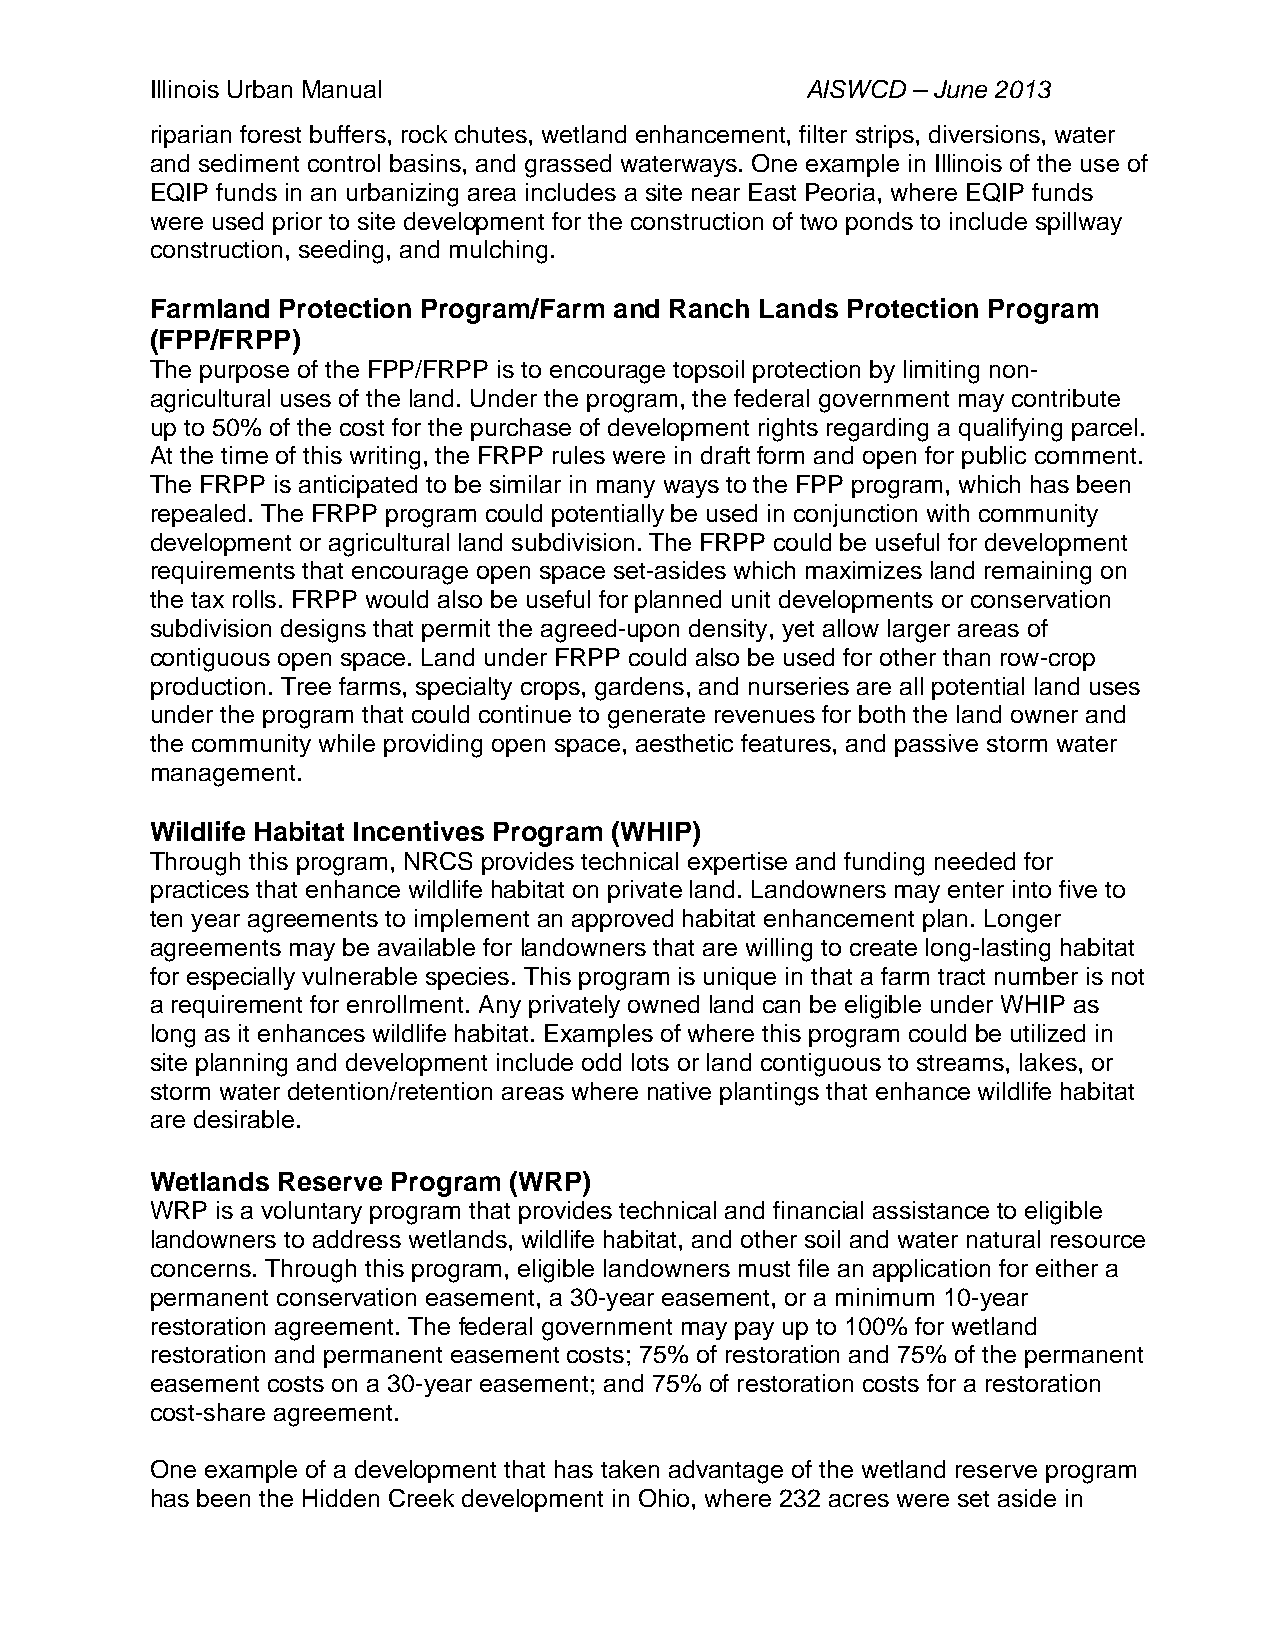
Illinois Urban Manual                      AISWCD – June 2013
 riparian forest buffers, rock chutes, wetland enhancement, filter strips, diversions, water
 and sediment control basins, and grassed waterways. One example in Illinois of the use of
 EQIP funds in an urbanizing area includes a site near East Peoria, where EQIP funds
 were used prior to site development for the construction of two ponds to include spillway
 construction, seeding, and mulching.
 Farmland Protection Program/Farm and Ranch Lands Protection Program
 (FPP/FRPP)
 The purpose of the FPP/FRPP is to encourage topsoil protection by limiting non-
 agricultural uses of the land. Under the program, the federal government may contribute
 up to 50% of the cost for the purchase of development rights regarding a qualifying parcel.
 At the time of this writing, the FRPP rules were in draft form and open for public comment.
 The FRPP is anticipated to be similar in many ways to the FPP program, which has been
 repealed. The FRPP program could potentially be used in conjunction with community
 development or agricultural land subdivision. The FRPP could be useful for development
 requirements that encourage open space set-asides which maximizes land remaining on
 the tax rolls. FRPP would also be useful for planned unit developments or conservation
 subdivision designs that permit the agreed-upon density, yet allow larger areas of
 contiguous open space. Land under FRPP could also be used for other than row-crop
 production. Tree farms, specialty crops, gardens, and nurseries are all potential land uses
 under the program that could continue to generate revenues for both the land owner and
 the community while providing open space, aesthetic features, and passive storm water
 management.
 Wildlife Habitat Incentives Program (WHIP)
 Through this program, NRCS provides technical expertise and funding needed for
 practices that enhance wildlife habitat on private land. Landowners may enter into five to
 ten year agreements to implement an approved habitat enhancement plan. Longer
 agreements may be available for landowners that are willing to create long-lasting habitat
 for especially vulnerable species. This program is unique in that a farm tract number is not
 a requirement for enrollment. Any privately owned land can be eligible under WHIP as
 long as it enhances wildlife habitat. Examples of where this program could be utilized in
 site planning and development include odd lots or land contiguous to streams, lakes, or
 storm water detention/retention areas where native plantings that enhance wildlife habitat
 are desirable.
 Wetlands Reserve Program (WRP)
 WRP is a voluntary program that provides technical and financial assistance to eligible
 landowners to address wetlands, wildlife habitat, and other soil and water natural resource
 concerns. Through this program, eligible landowners must file an application for either a
 permanent conservation easement, a 30-year easement, or a minimum 10-year
 restoration agreement. The federal government may pay up to 100% for wetland
 restoration and permanent easement costs; 75% of restoration and 75% of the permanent
 easement costs on a 30-year easement; and 75% of restoration costs for a restoration
 cost-share agreement.
 One example of a development that has taken advantage of the wetland reserve program
 has been the Hidden Creek development in Ohio, where 232 acres were set aside in